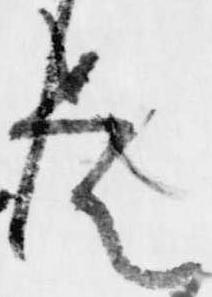
是